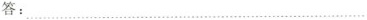
答：___